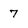
Character: 7